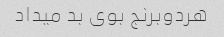
هردو‌برنج بوی بد میداد